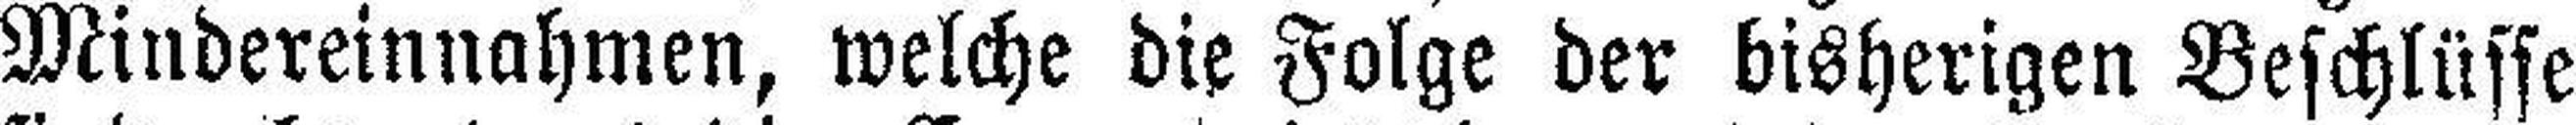
Mindereinnahmen, welche die Folge der bisherigen Beschlüsse